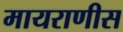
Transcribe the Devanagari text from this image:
मायराणीस